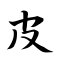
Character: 皮